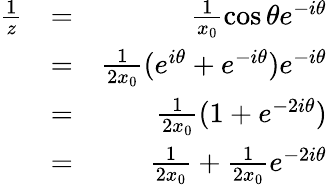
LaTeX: \begin{array}{rlr}{\frac 1z}&{=}&{\frac 1{x_{0}}\cos\theta e^{-i\theta}}\\ &{=}&{\frac 1{2x_{0}}(e^{i\theta}+e^{-i\theta})e^{-i\theta}}\\ &{=}&{\frac 1{2x_{0}}(1+e^{-2i\theta})}\\ &{=}&{\frac 1{2x_{0}}+\frac 1{2x_{0}}e^{-2i\theta}}\end{array}